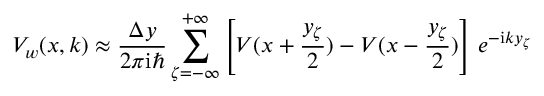
V _ { w } ( x , k ) \approx \frac { \Delta y } { 2 \pi \mathrm { i } \hbar } \sum _ { \zeta = - \infty } ^ { + \infty } \left[ V ( x + \frac { y _ { \zeta } } { 2 } ) - V ( x - \frac { y _ { \zeta } } { 2 } ) \right] \, e ^ { - \mathrm { i } k y _ { \zeta } }